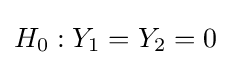
H_{0}:Y_{1}=Y_{2}=0